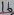
Text: 16